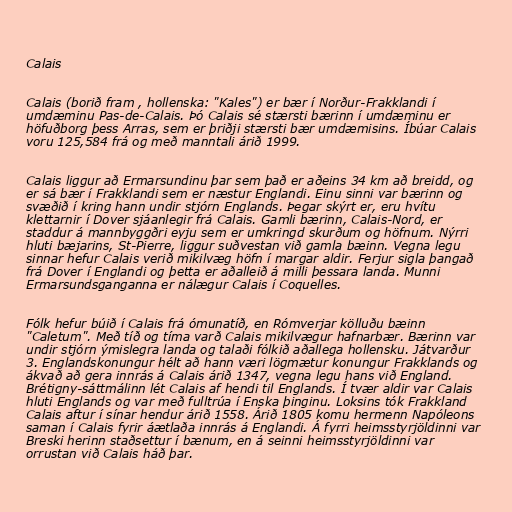
Calais

Calais (borið fram , hollenska: "Kales") er bær í Norður-Frakklandi í
umdæminu Pas-de-Calais. Þó Calais sé stærsti bærinn í umdæminu er
höfuðborg þess Arras, sem er þriðji stærsti bær umdæmisins. Íbúar Calais
voru 125,584 frá og með manntali árið 1999.

Calais liggur að Ermarsundinu þar sem það er aðeins 34 km að breidd, og
er sá bær í Frakklandi sem er næstur Englandi. Einu sinni var bærinn og
svæðið í kring hann undir stjórn Englands. Þegar skýrt er, eru hvítu
klettarnir í Dover sjáanlegir frá Calais. Gamli bærinn, Calais-Nord, er
staddur á mannbyggðri eyju sem er umkringd skurðum og höfnum. Nýrri
hluti bæjarins, St-Pierre, liggur suðvestan við gamla bæinn. Vegna legu
sinnar hefur Calais verið mikilvæg höfn í margar aldir. Ferjur sigla þangað
frá Dover í Englandi og þetta er aðalleið á milli þessara landa. Munni
Ermarsundsganganna er nálægur Calais í Coquelles.

Fólk hefur búið í Calais frá ómunatíð, en Rómverjar kölluðu bæinn
"Caletum". Með tíð og tíma varð Calais mikilvægur hafnarbær. Bærinn var
undir stjórn ýmislegra landa og talaði fólkið aðallega hollensku. Játvarður
3. Englandskonungur hélt að hann væri lögmætur konungur Frakklands og
ákvað að gera innrás á Calais árið 1347, vegna legu hans við England.
Brétigny-sáttmálinn lét Calais af hendi til Englands. Í tvær aldir var Calais
hluti Englands og var með fulltrúa í Enska þinginu. Loksins tók Frakkland
Calais aftur í sínar hendur árið 1558. Árið 1805 komu hermenn Napóleons
saman í Calais fyrir áætlaða innrás á Englandi. Á fyrri heimsstyrjöldinni var
Breski herinn staðsettur í bænum, en á seinni heimsstyrjöldinni var
orrustan við Calais háð þar.